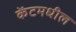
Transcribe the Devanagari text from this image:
केंटमधील